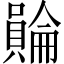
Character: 𧷺